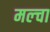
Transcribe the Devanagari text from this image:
मल्‍चा